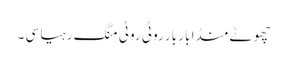
چھوٹے منڈا بار بار روٹی روٹی منگ رہیا سی ۔